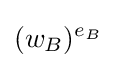
(w_{B})^{e_{B}}